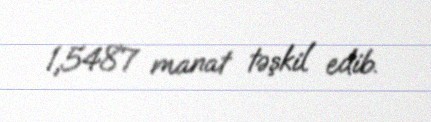
1,5487 manat təşkil edib.